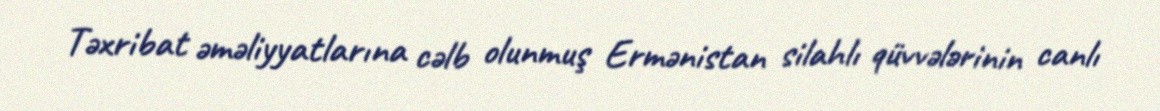
Təxribat əməliyyatlarına cəlb olunmuş Ermənistan silahlı qüvvələrinin canlı